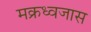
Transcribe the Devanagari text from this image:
मक्रध्वजास